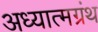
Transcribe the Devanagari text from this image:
अध्यात्मग्रंथ